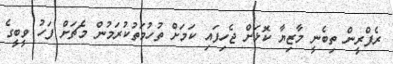
ރެފްރީން ތިބެނީ މާޒިޔާ ކޮޅަށް ޖެހިފައި ކަމަށް ތުހުމަތުކުރަމުން މެޗަށް ފަހު ވީބީގެ